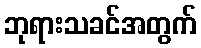
ဘုရားသခင်အတွက်